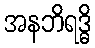
အနဘိရဒ္ဓိ